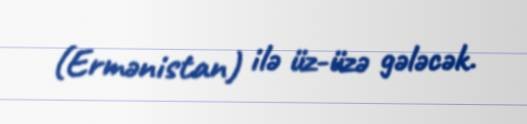
(Ermənistan) ilə üz-üzə gələcək.